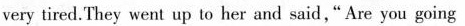
very tired.They went up to her and said,"Are you going